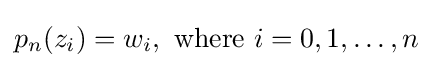
p_{n}(z_{i})=w_{i},{\text{ where }}i=0,1,\ldots ,n